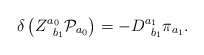
\begin{align*}\delta \left( Z_{\;\;b_{1}}^{a_{0}}{\cal P}_{a_{0}}\right)=-D_{\;\;b_{1}}^{a_{1}}\pi _{a_{1}}. \end{align*}